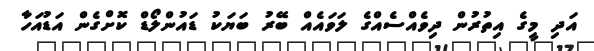
އަދި މީގެ އިތުރުން ދިވެއްސެއްގެ ލަވައެއް ބޭރު ބަޔަކު ޑައުންލޯޑް ކޮށްގެން އަޑުއަހާ